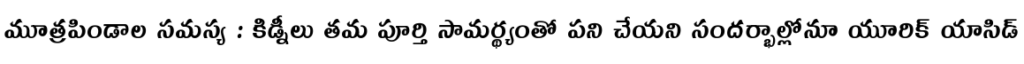
మూత్రపిండాల సమస్య : కిడ్నీలు తమ పూర్తి సామర్థ్యంతో పని చేయని సందర్భాల్లోనూ యూరిక్ యాసిడ్